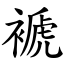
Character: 褫